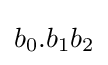
b_{0}.b_{1}b_{2}